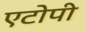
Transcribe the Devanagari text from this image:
एटोपी